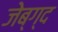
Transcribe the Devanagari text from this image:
जेब्ग्द